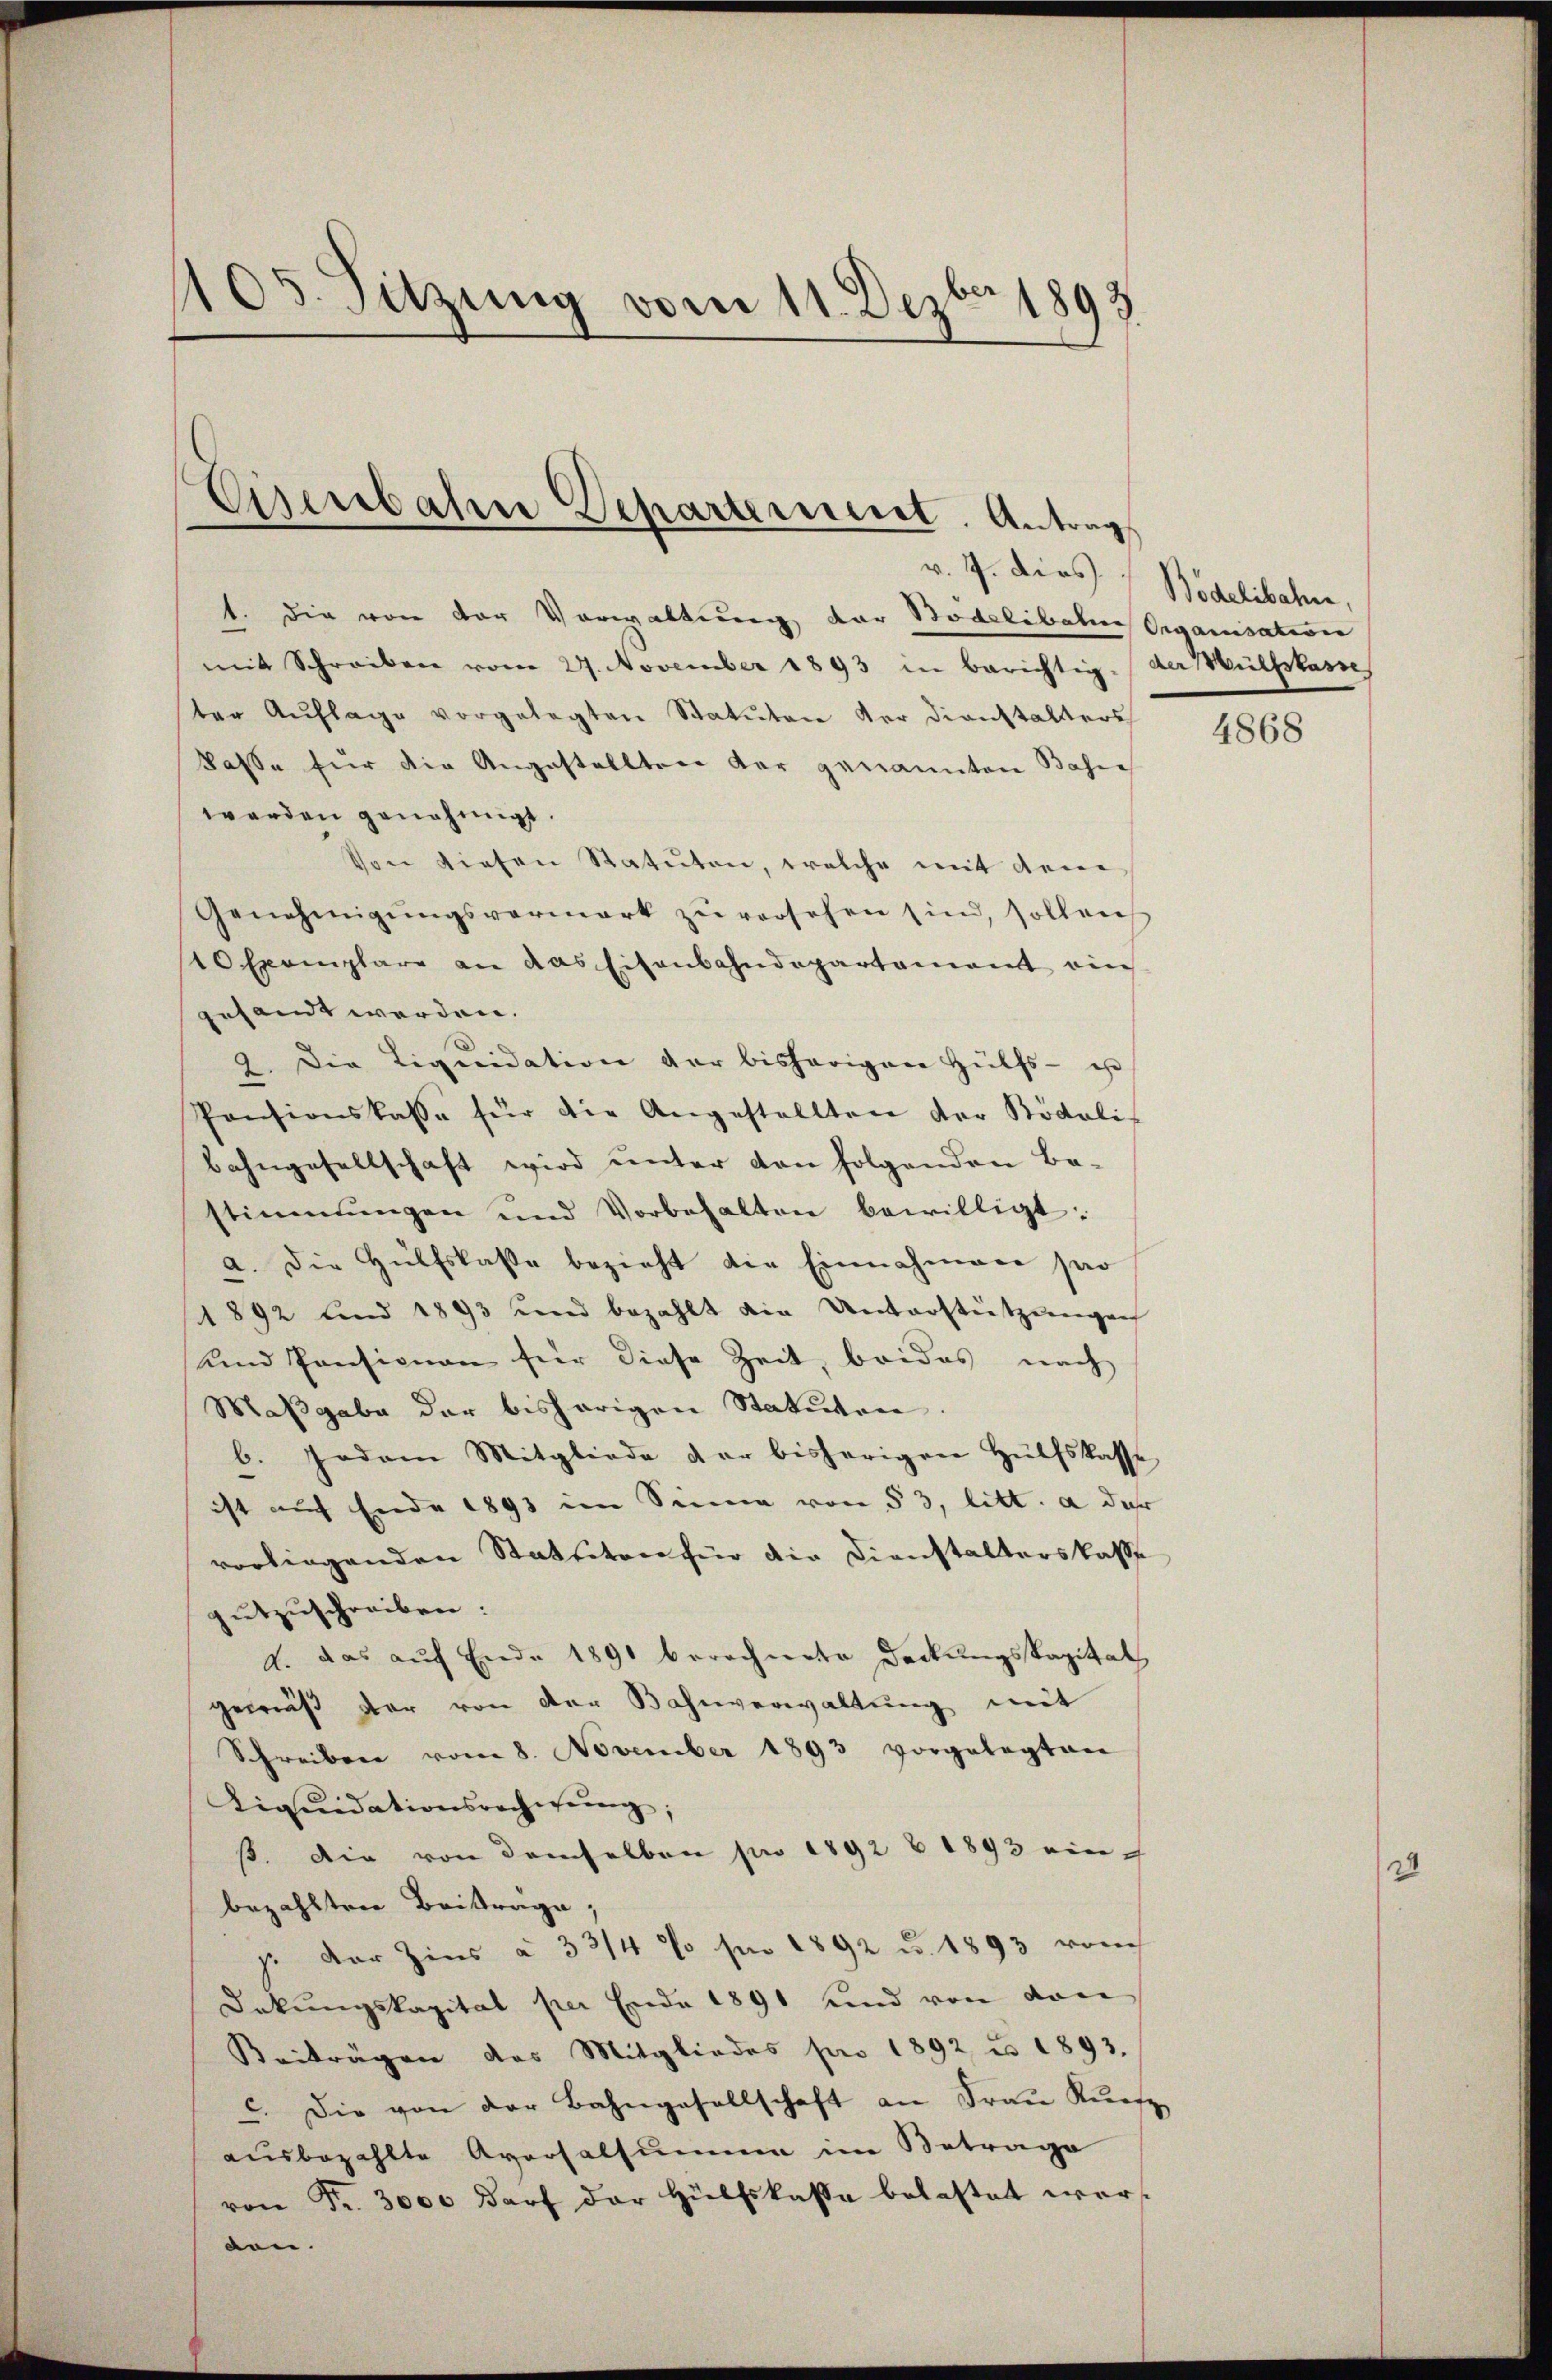
105. Sitzung vom 11. Dezbr 1898

Eisenbahre Departerneret. Antrag
v. 7. dies Bidelibahn,

1. die von der Vorwaltung der Bodelibaten Organisation
mit Schreiben vom 27. November 1893 in berichtig-der Hülfskasse
ter Auflage vorgelegten Statuten der dienstalters
kasse für die Angestellten der genannten Bahne
werden genehmigt.
Von diesen Statuten, welche mit dem
Genehmigŭngsvermark zŭ versehen sind, sollen
10 Exemplare an das Eisenbahndepartement ein
gesandt werden.
2. Die Liquidation der bisherigen Hülfs- u
Pensionskasse für die Angestellten der Bödoli-
bahngesellschaft wird ŭnter den folgenden Ba-
stimmungen und Vorbehalten bewilligt:
a. Die Hülfslasse bezieht die Einnahmen par
892 und 1893 und bezahlt die Unterstützungen
und Pensionen für diese Zeit, beides nach
Maβgabe der bisherigen Statuten.
b. Jedem Mitgliede der bisherigen Hülfskasse
ist auf Ende 1893 im Sinne von § 3, litt. a der
vorliegenden Statuten für die Dienstalterskasse
gutzuschreiben:
A. das auf Ende 1891 berechnete Deckungskapital
gemäß der von der Bahnverwaltung mit
Schreiben vom 8. November 1893 vorgelegten
Liqŭidationsrechnŭng,
ß. Die von demselben pro 1892 & 1893 einbezahlten Beiträge;
p. Der Zins à 33/4 % für 1892 u. 1893 ronch
Dakungskapital per Ende 1891 und von von
Beiträgen des Mitgliedes pro 1892 u. 1893.
c. Die von der Bahngesellschaft an Frau Künf
ausbezahlte Aversalsumme im Betrage
von Fr. 3000 darf der Hülfskassa belastet werden.

4868